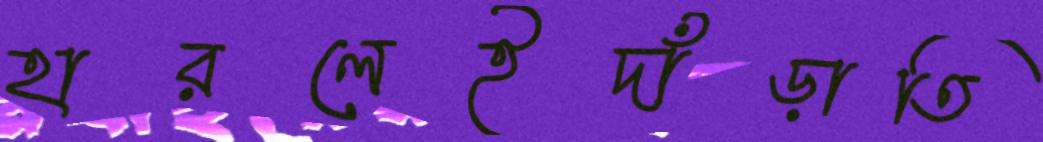
হারলেইদাঁড়াতি